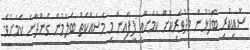
ސޮއިކުރި ބޭފުޅުން މެދުވެރިކޮށް ކަމަށާއި ފީފާއިން މި މަސައްކަތް ބަލަމުން ގެންދާނެ ކަމަށެވެ.